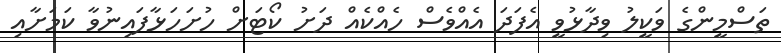
ތަސްމީންގެ ވަކީލު ވިދާޅުވީ އެފަދަ އެއްވެސް ހެއްކެއް ދަށު ކޯޓަށް ހުށަހަޅާފައިނުވާ ކަމަށާއި